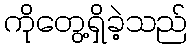
ကိုတွေ့ရှိခဲ့သည်